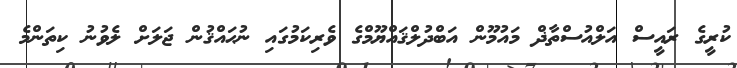
ކުރީގެ ރައީސް އަލްއުސްތާޛް މައުމޫން އަބްދުލްޤައްޔޫމްގެ ވެރިކަމުގައި ނުޙައްޤުން ޖަލަށް ލެވުނު ކިތަންމެ